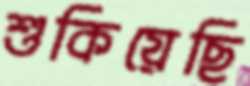
শুকিয়েছি